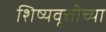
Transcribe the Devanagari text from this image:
शिष्यवृत्तीच्या